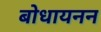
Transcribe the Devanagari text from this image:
बोधायनन